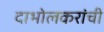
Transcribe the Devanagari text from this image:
दाभोलकरांची